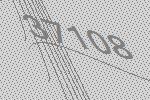
37108